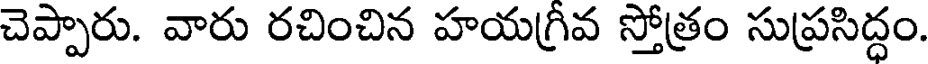
చెప్పారు. వారు రచించిన హయగ్రివ స్తోత్రం సుప్రసిద్ధం.